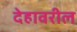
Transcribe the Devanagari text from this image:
देहावरील